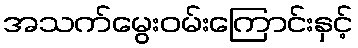
အသက်မွေးဝမ်းကြောင်းနှင့်